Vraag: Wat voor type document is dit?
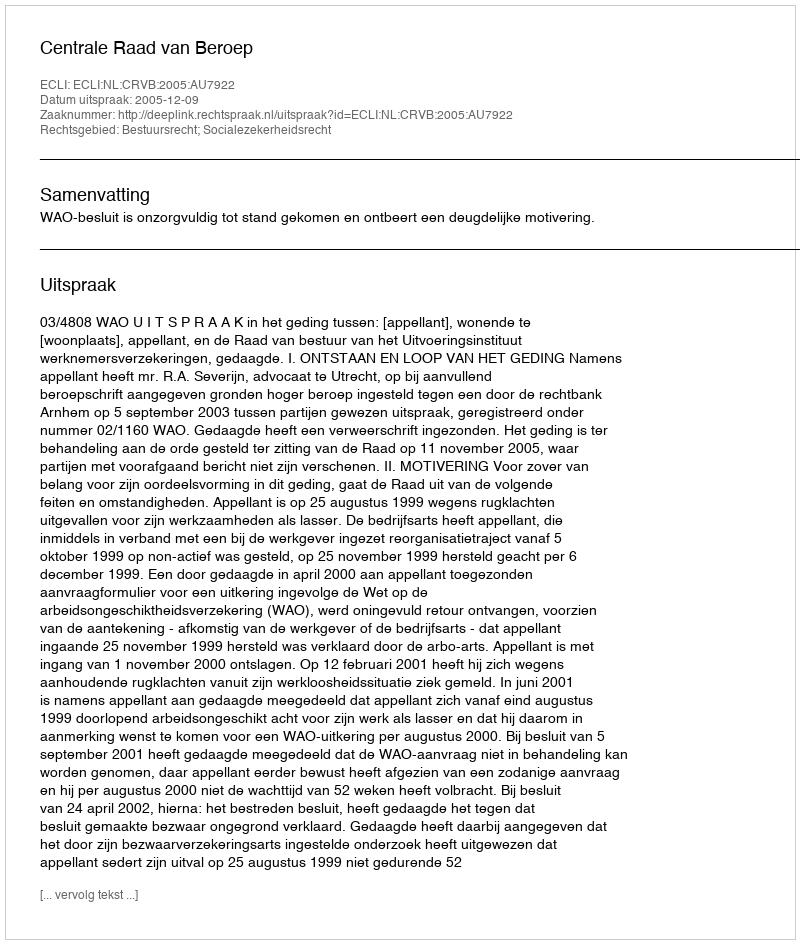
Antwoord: Uitspraak